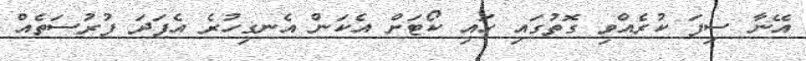
އޭނާ ސިފަ ކުރެއްވި ގޮތުގައި ހައި ކޯޓަށް އެކަން އެނގިހުރެ އެފަދަ ފުރުސަތެއް